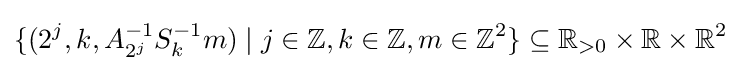
\{(2^{j},k,A_{2^{j}}^{-1}S_{k}^{-1}m)\mid j\in \mathbb {Z} ,k\in \mathbb {Z} ,m\in \mathbb {Z} ^{2}\}\subseteq \mathbb {R} _{>0}\times \mathbb {R} \times \mathbb {R} ^{2}